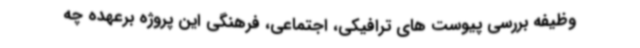
وظیفه بررسی پیوست های ترافیکی، اجتماعی، فرهنگی این پروژه برعهده چه